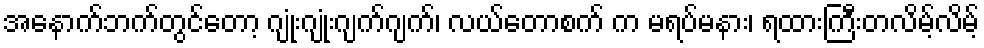
အနောက်ဘက်တွင်တော့ ဂျုံးဂျုံးဂျက်ဂျက်၊ လယ်တောစက် က မရပ်မနား၊ ရထားကြီးတလိမ့်လိမ့်